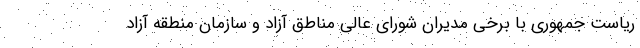
ریاست جمهوری با برخی مدیران شورای عالی مناطق آزاد و سازمان منطقه آزاد